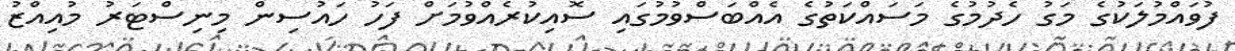
ފުވައްމުލަކުގެ މަގު ހެދުމުގެ މަސައްކަތުގެ އެއްބަސްވުމުގައި ސޮއިކުރެއްވުމަށް ފަހު ހައުސިން މިނިސްޓަރު މުއިއްޒު